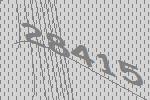
28415